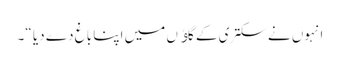
انہوں نے سکتری کے گاﺅں میں اپنا باغ دے دیا “۔